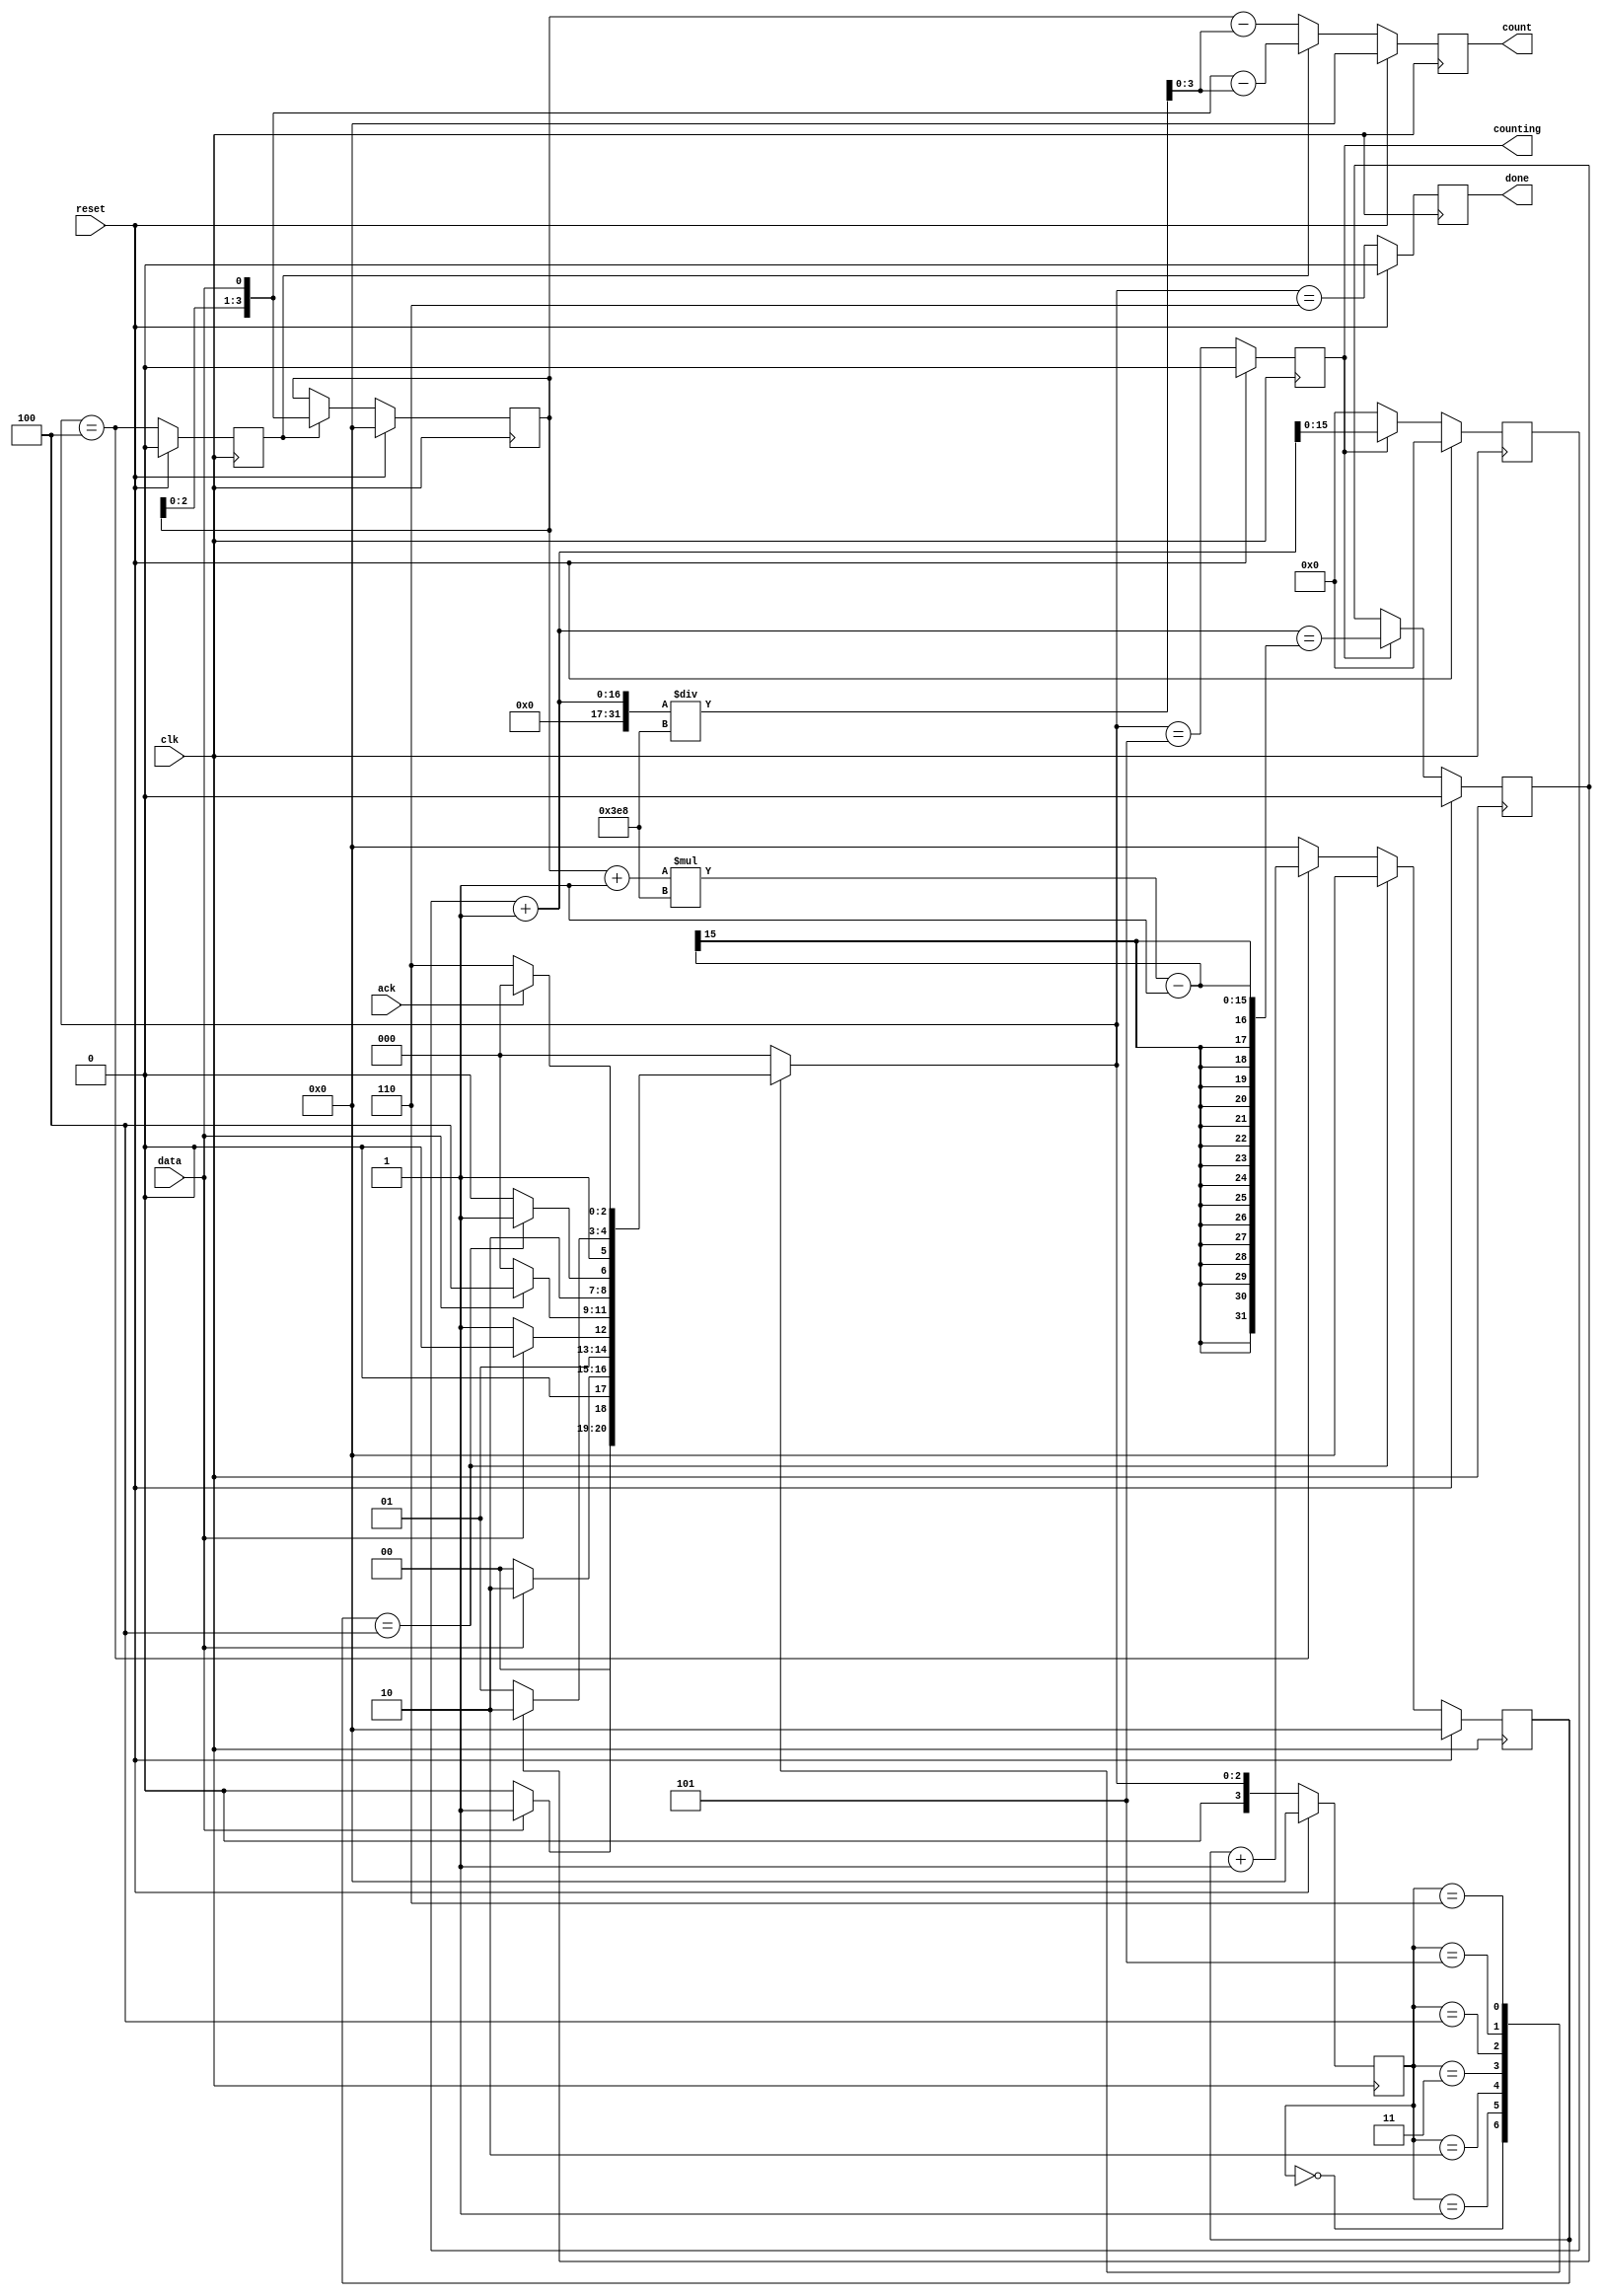
module top_module (
    input clk,
    input reset,      // Synchronous reset
    input data,
    output [3:0] count,
    output counting,
    output done,
    input ack );
 
/* vvv=================== same ===================vvv */
    parameter S0=4'd0, S1=4'd1, S2=4'd2, S3=4'd3;
    parameter B0=4'd4, COUNT=4'd5, WAIT=4'd6;
    reg [3:0] state, next_state, cnt;
/* ^^^=================== same ===================^^^ */
    
    reg [3:0] delay;
    reg shift_ena, done_counting;
    reg [15:0] num_cnt;
    
/* vvv=================== same ===================vvv */
    // State transition logic (combinational)
    always @(*) begin
        case (state)
            S0: next_state = data ? S1:S0;
            S1: next_state = data ? S2:S0;
            S2: next_state = (!data) ? S3:S2;
            S3: next_state = data ? B0:S0; 
            B0: next_state = (cnt==4) ? COUNT:B0; 
            COUNT: next_state = (done_counting) ? WAIT:COUNT;
            WAIT: next_state = (ack) ? S0:WAIT;
            default: next_state = S0;
        endcase
    end

    // State flip-flops (sequential)
    always @(posedge clk) begin
        state <= (reset) ? S0:next_state ;
    end
    
    // Output logic
    always @(posedge clk) begin
        if (reset) begin
            cnt <= 4'd0;
        end
        else if (cnt==4) begin //counter stop
            cnt <= 0;
        end
        else begin
            cnt <= (next_state==B0) ? cnt+1:0; //counter
        end
    end
    
    always @(posedge clk) begin
        if (reset) begin
            shift_ena <= 0;
        end
        else begin
            shift_ena <= (next_state==B0);
        end
    end
    
    always @(posedge clk) begin
        if (reset) begin
            counting <= 0;
        end
        else begin
            counting <= (next_state==COUNT);
        end
    end
    
    always @(posedge clk) begin
        if (reset) begin
            done <= 0;
        end
        else begin
            done <= (next_state==WAIT);
        end
    end
/* ^^^=================== same ===================^^^ */

    
    always @(posedge clk) begin //number counter
        if (reset) begin
            num_cnt <= 0;
        end
        else begin
            num_cnt <= (counting) ? num_cnt+1:0;
        end
    end
    
    always@(posedge clk) begin
        if(reset)begin
            delay <= 0;
        end           
        else if (shift_ena) begin
            delay <= {delay[2:0],data};
        end
    end
    
    //assign count = delay-num_cnt/1000;
    always@(posedge clk) begin
        if(reset)begin
            count <= 0;
        end           
        else if (shift_ena) begin
            count <= {delay[2:0],data}-(num_cnt+1)/1000; 
        end
        else begin
            count <= delay-(num_cnt+1)/1000;
        end
    end
 
    //assign done_counting = (num_cnt == (delay+1)*1000-1);
    always@(posedge clk) begin
        if(reset)begin
            done_counting <= 0;
        end           
        else if (counting) begin
            done_counting <= (num_cnt+1 == (delay+1)*1000-1);
        end
    end

endmodule